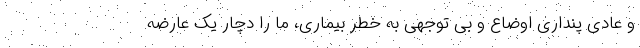
و عادی پنداری اوضاع و بی توجهی به خطر بیماری، ما را دچار یک عارضه